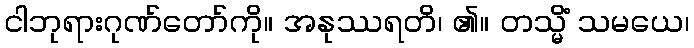
ငါဘုရားဂုဏ်တော်ကို။ အနုဿရတိ၊ ၏။ တသ္မိံ သမယေ၊